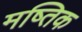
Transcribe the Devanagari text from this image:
मष्तिक